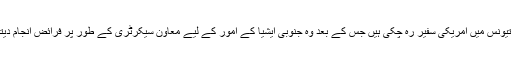
رابن رافیل تیونس میں امریکی سفیر رہ چکی ہیں جس کے بعد وہ جنوبی ایشیا کے امور کے لیے معاون سیکرٹری کے طور پر فرائض انجام دیتی رہی ہیں۔